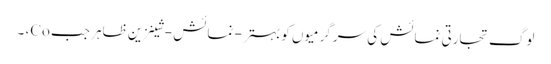
لوگ تجارتی نمائش کی سرگرمیوں کو بہتر - نمائش - شینزین ظاہر جب Co، ۔